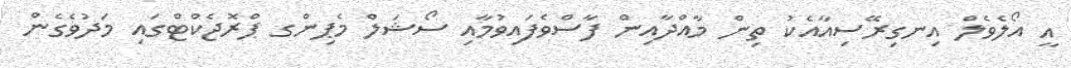
އީ އޯލެވެލް އިނގިރޭސިއާއެކު ތިން މާއްދާއިން ފާސްވެފައިވުމާއި ސޯޝަލް މެޕިންގ ޕްރޮޖެކްޓްގައި މަދުވެގެން